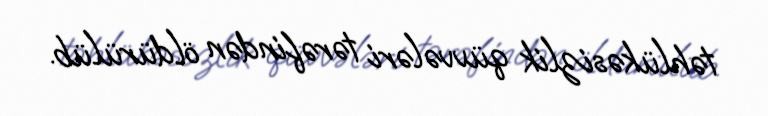
təhlükəsizlik qüvvələri tərəfindən öldürülüb.